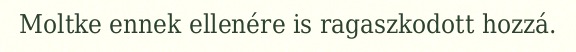
Moltke ennek ellenére is ragaszkodott hozzá.